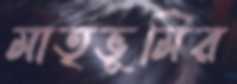
মাতৃভূমির